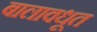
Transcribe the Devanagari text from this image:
बालावधूत